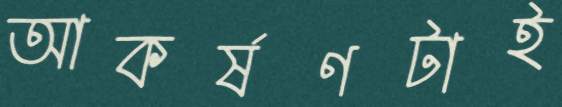
আকর্ষণটাই